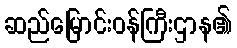
ဆည်မြောင်းဝန်ကြီးဌာန၏